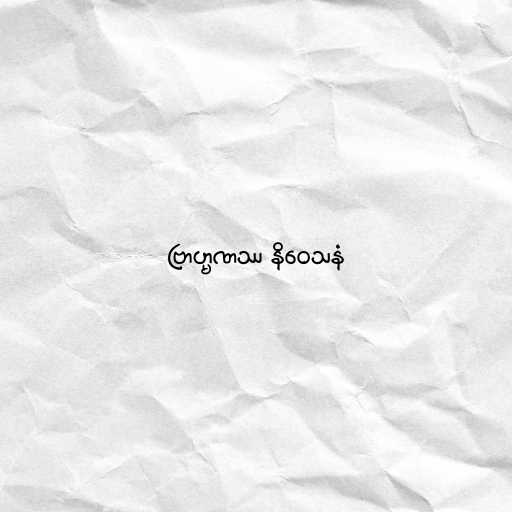
ဗြာဟ္မဏဿ နိဝေသနံ